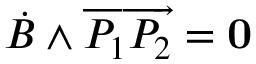
{ \dot { B } } \wedge \overrightarrow { P _ { 1 } P _ { 2 } } = { \bf 0 }